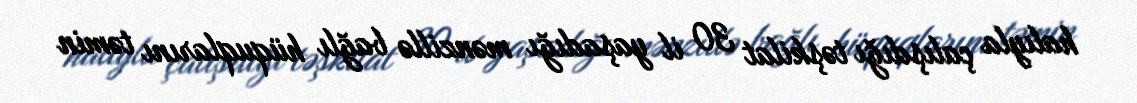
halıyla çalışdığı təşkilat 30 il yaşadığı mənzillə bağlı hüquqlarını təmin